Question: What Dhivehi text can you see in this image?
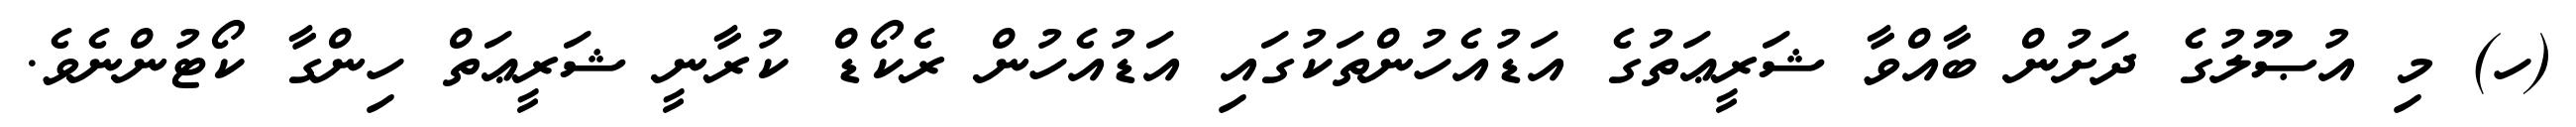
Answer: (ހ) މި އުޞޫލުގެ ދަށުން ބާއްވާ ޝަރީޢަތުގެ އަޑުއެހުންތަކުގައި އަޑުއެހުން ރެކޯޑް ކުރާނީ ޝަރީޢަތް ހިންގާ ކޯޓުންނެވެ.